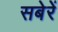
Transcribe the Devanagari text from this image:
सबेरें